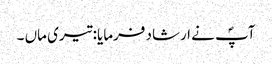
آپؐ نے ارشاد فرمایا: تیری ماں ۔